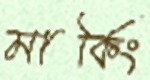
মার্কিং